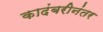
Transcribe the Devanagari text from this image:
कादंबरीनंतर